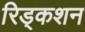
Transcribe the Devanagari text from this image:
रिड्कशन